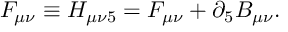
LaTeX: { \cal F } _ { \mu \nu } \equiv H _ { \mu \nu 5 } = F _ { \mu \nu } + \partial _ { 5 } B _ { \mu \nu } .